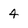
Character: 4